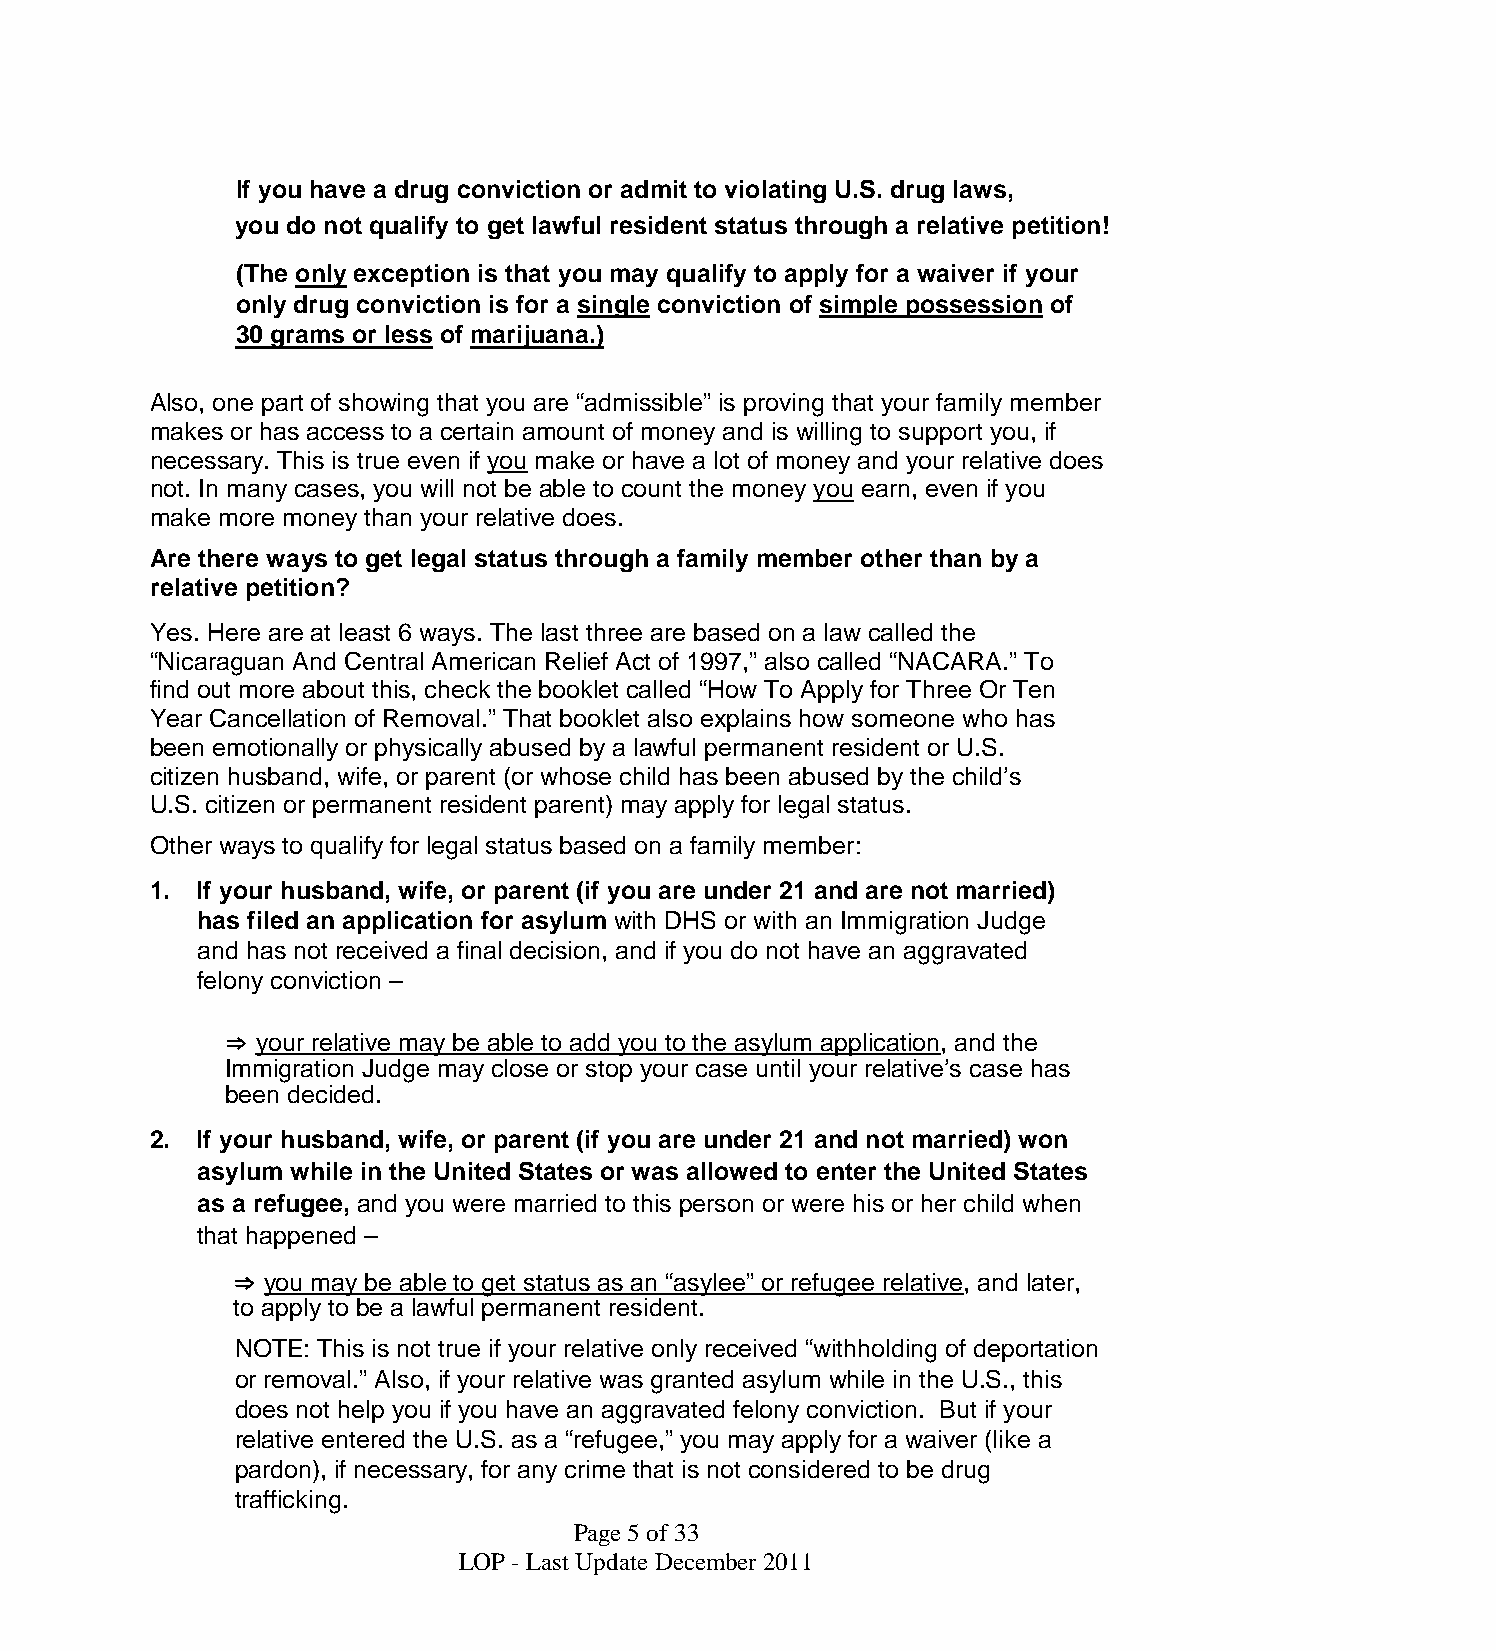
If you have a drug conviction or admit to violating U.S. drug laws,
 you do not qualify to get lawful resident status through a relative petition!
 (The only exception is that you may qualify to apply for a waiver if your
 only drug conviction is for a single conviction of simple possession of
 30 grams or less of marijuana.)
 Also, one part of showing that you are “admissible” is proving that your family member
 makes or has access to a certain amount of money and is willing to support you, if
 necessary. This is true even if you make or have a lot of money and your relative does
 not. In many cases, you will not be able to count the money you earn, even if you
 make more money than your relative does.
 Are there ways to get legal status through a family member other than by a
 relative petition?
 Yes. Here are at least 6 ways. The last three are based on a law called the
 “Nicaraguan And Central American Relief Act of 1997,” also called “NACARA.” To
 find out more about this, check the booklet called “How To Apply for Three Or Ten
 Year Cancellation of Removal.” That booklet also explains how someone who has
 been emotionally or physically abused by a lawful permanent resident or U.S.
 citizen husband, wife, or parent (or whose child has been abused by the child’s
 U.S. citizen or permanent resident parent) may apply for legal status.
 Other ways to qualify for legal status based on a family member:
 1. If your husband, wife, or parent (if you are under 21 and are not married)
 has filed an application for asylum with DHS or with an Immigration Judge
 and has not received a final decision, and if you do not have an aggravated
 felony conviction –
 ⇒ your relative may be able to add you to the asylum application, and the
 Immigration Judge may close or stop your case until your relative’s case has
 been decided.
 2. If your husband, wife, or parent (if you are under 21 and not married) won
 asylum while in the United States or was allowed to enter the United States
 as a refugee, and you were married to this person or were his or her child when
 that happened –
 ⇒ you may be able to get status as an “asylee” or refugee relative, and later,
 to apply to be a lawful permanent resident.
 NOTE: This is not true if your relative only received “withholding of deportation
 or removal.” Also, if your relative was granted asylum while in the U.S., this
 does not help you if you have an aggravated felony conviction. But if your
 relative entered the U.S. as a “refugee,” you may apply for a waiver (like a
 pardon), if necessary, for any crime that is not considered to be drug
 trafficking.
 Page5of33
 LOP - Last UpdateDecember2011